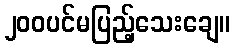
၂၀၀ပင်မပြည့်သေးချေ။